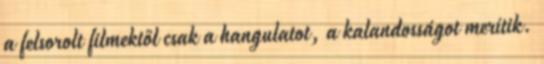
a felsorolt filmektől csak a hangulatot, a kalandosságot merítik.